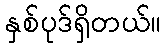
နှစ်ပုဒ်ရှိတယ်။